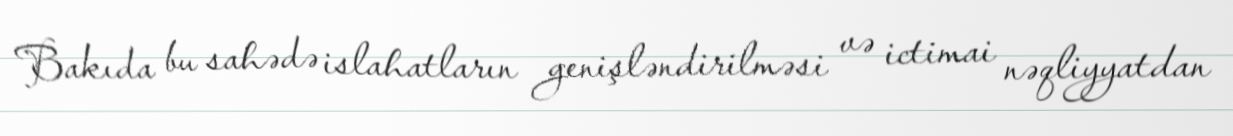
Bakıda bu sahədə islahatların genişləndirilməsi və ictimai nəqliyyatdan